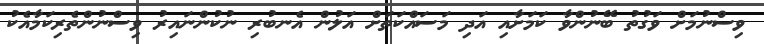
ވިސްނުމަށް ވަގުތު ބޭނުންވާ ކަމަށާއި އަދި މަސައްކަތަށް އަލުން އެނބުރި ނުކުންނައިރު ވިސްނުންތެރިކަމާއެކު